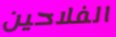
الفلاحين